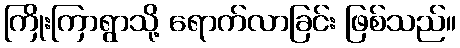
ကြိုးကြာရွာသို့ ရောက်လာခြင်း ဖြစ်သည်။